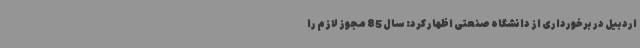
اردبیل در برخورداری از دانشگاه صنعتی اظهار کرد: سال 85 مجوز لازم را